Annual report of the Imperial Bacteriologist
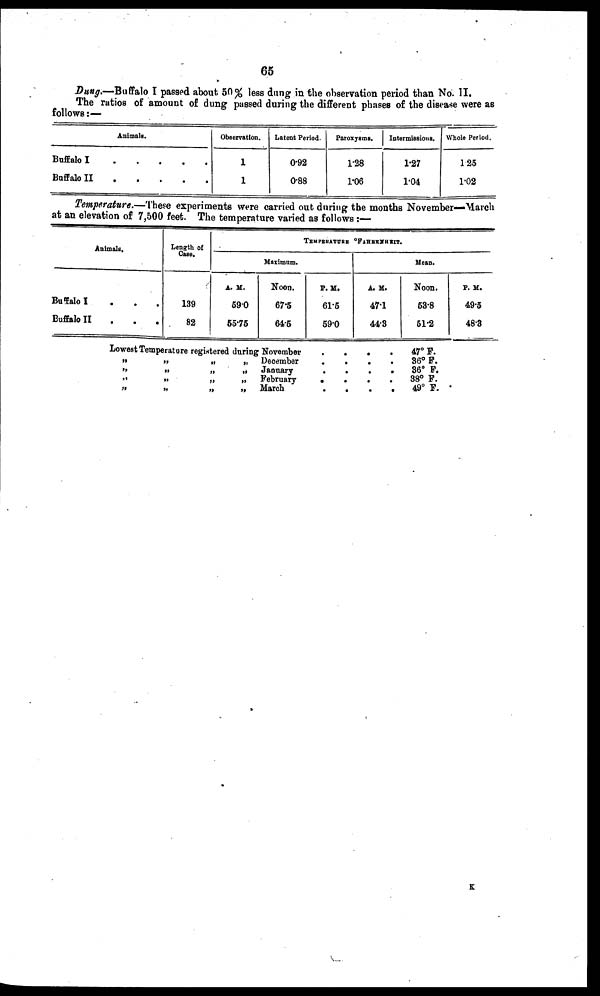
65
Dung.—Buffalo I passed about 50% less dung in the observation period than No. II.
The ratios of amount of dung passed during the different phases of the disease were as
follows:—
Animals.
Buffalo I
Buffalo II
.
.
.
.
.
.
.
.
.
.
Observation.
1
1
Latent Period.
0.92
0.88
Paroxysms.
1.28
1.06
Intermissions.
1.27
1.04
Whole Period.
1.25
1.02
Temperature.—These experiments were carried out during the months November—March
at an elevation of 7,500 feet. The temperature varied as follows:—
Animals.
Buffalo I
. . .
Buffalo II
.
.
.
Length of
Case.
139
82
A. M.
590
55.75
TEMPERATURE °FAHERMHNIT.
Maximum.
Noon.
67.5
64.5
P. M.
61.5
59.0
A.M.
47.1
44.8
Mean.
Noon.
58.8
51.2
P. M.
49.5
48.3
Lowest. Temperature registered during November
„
„
„
„
„
„
„
„
„
„
„
„
„
December
„
January
„
February
„
March
.
.
.
.
.
.
.
.
.
.
.
.
.
.
.
.
.
.
.
.
47°F.
36° F.
36° F.
38° F.
49° F.